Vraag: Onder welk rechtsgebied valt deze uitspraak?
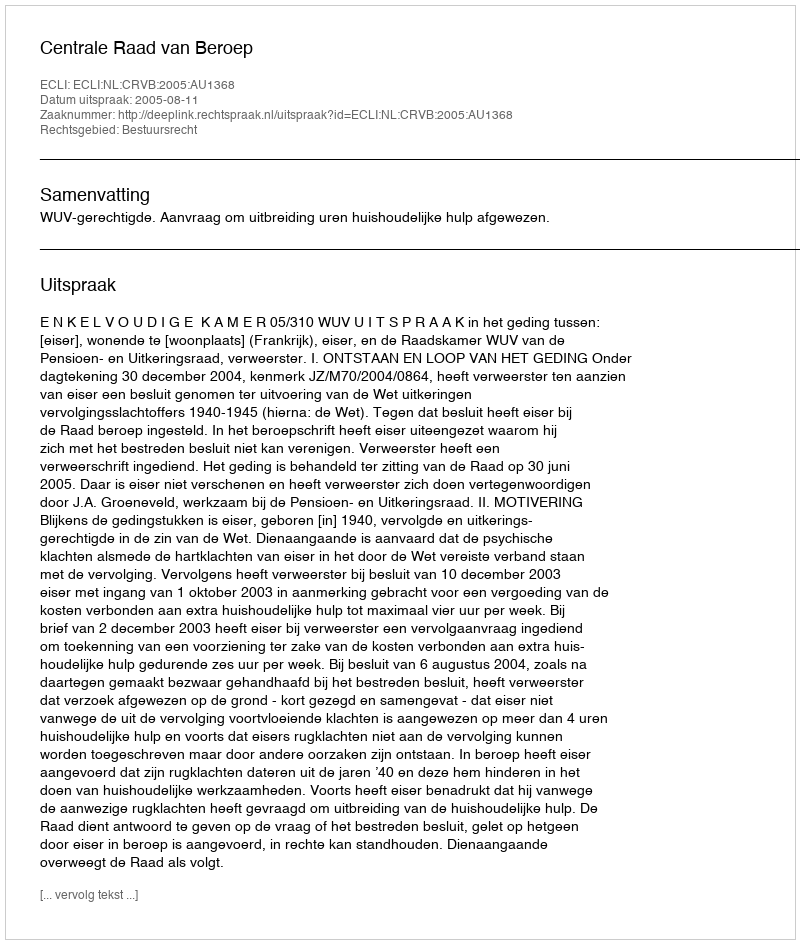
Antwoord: Bestuursrecht